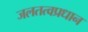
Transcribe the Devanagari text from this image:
जलतत्वप्रधान